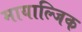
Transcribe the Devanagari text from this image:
मायाल्जिक